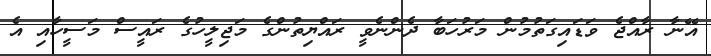
އޭނާ ރާއްޖެ ވަޑައިގަތުމުން މަރުހަބާ ދެންނެވީ ރައްޔިތުންގެ މަޖިލީހުގެ ރައީސް މަސީހާއި އެ